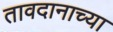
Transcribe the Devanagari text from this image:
तावदानाच्या